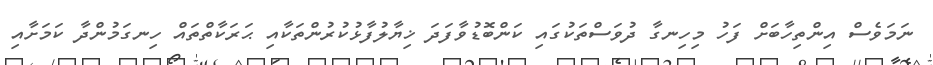
ނަމަވެސް އިންތިހާބަށް ފަހު މިހިނގާ ދުވަސްތަކުގައި ކަންބޮޑުވާފަދަ ޚިޔާލުފާޅުކުރުންތަކާއި ޙަރަކާތްތައް ހިނގަމުންދާ ކަމަށާއި